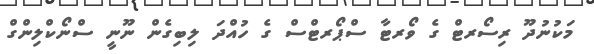
މަކުނުދޫ ރިސޯރޓް ގެ ވޯރޓާ ސްޕޯރޓްސް ގެ ހުއްދަ ލިބިގެން ނޫނީ ސްނޯކްލިންގް